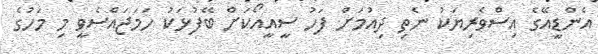
އެންޑީއޭގެ އިސްވެރިޔަކު ނެތި ދިއުމަށް ފަހު ސީއީއޯކަަށް ބޭފުޅަކު ހަމަޖައްސެވީ މި މަހުގެ